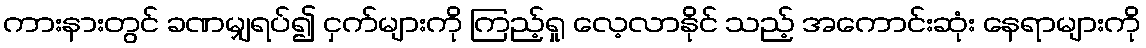
ကားနားတွင် ခဏမျှရပ်၍ ငှက်များကို ကြည့်ရှု လေ့လာနိုင် သည့် အကောင်းဆုံး နေရာများကို